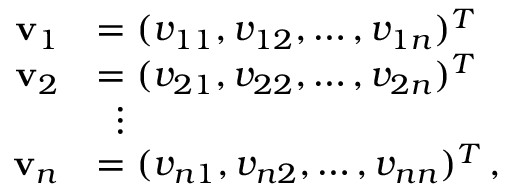
{ \begin{array} { r l } { \mathbf { v } _ { 1 } } & { = ( v _ { 1 1 } , v _ { 1 2 } , \dots , v _ { 1 n } ) ^ { T } } \\ { \mathbf { v } _ { 2 } } & { = ( v _ { 2 1 } , v _ { 2 2 } , \dots , v _ { 2 n } ) ^ { T } } \\ & { \, \, \, \vdots } \\ { \mathbf { v } _ { n } } & { = ( v _ { n 1 } , v _ { n 2 } , \dots , v _ { n n } ) ^ { T } \, , } \end{array} }